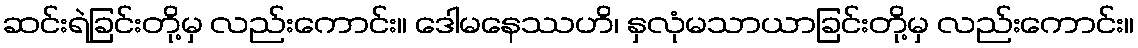
ဆင်းရဲခြင်းတို့မှ လည်းကောင်း။ ဒေါမနေဿဟိ၊ နှလုံမသာယာခြင်းတို့မှ လည်းကောင်း။